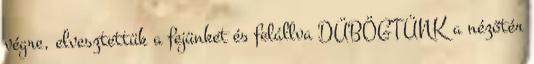
végre, elvesztettük a fejünket és felállva DÜBÖGTÜNK a nézőtér